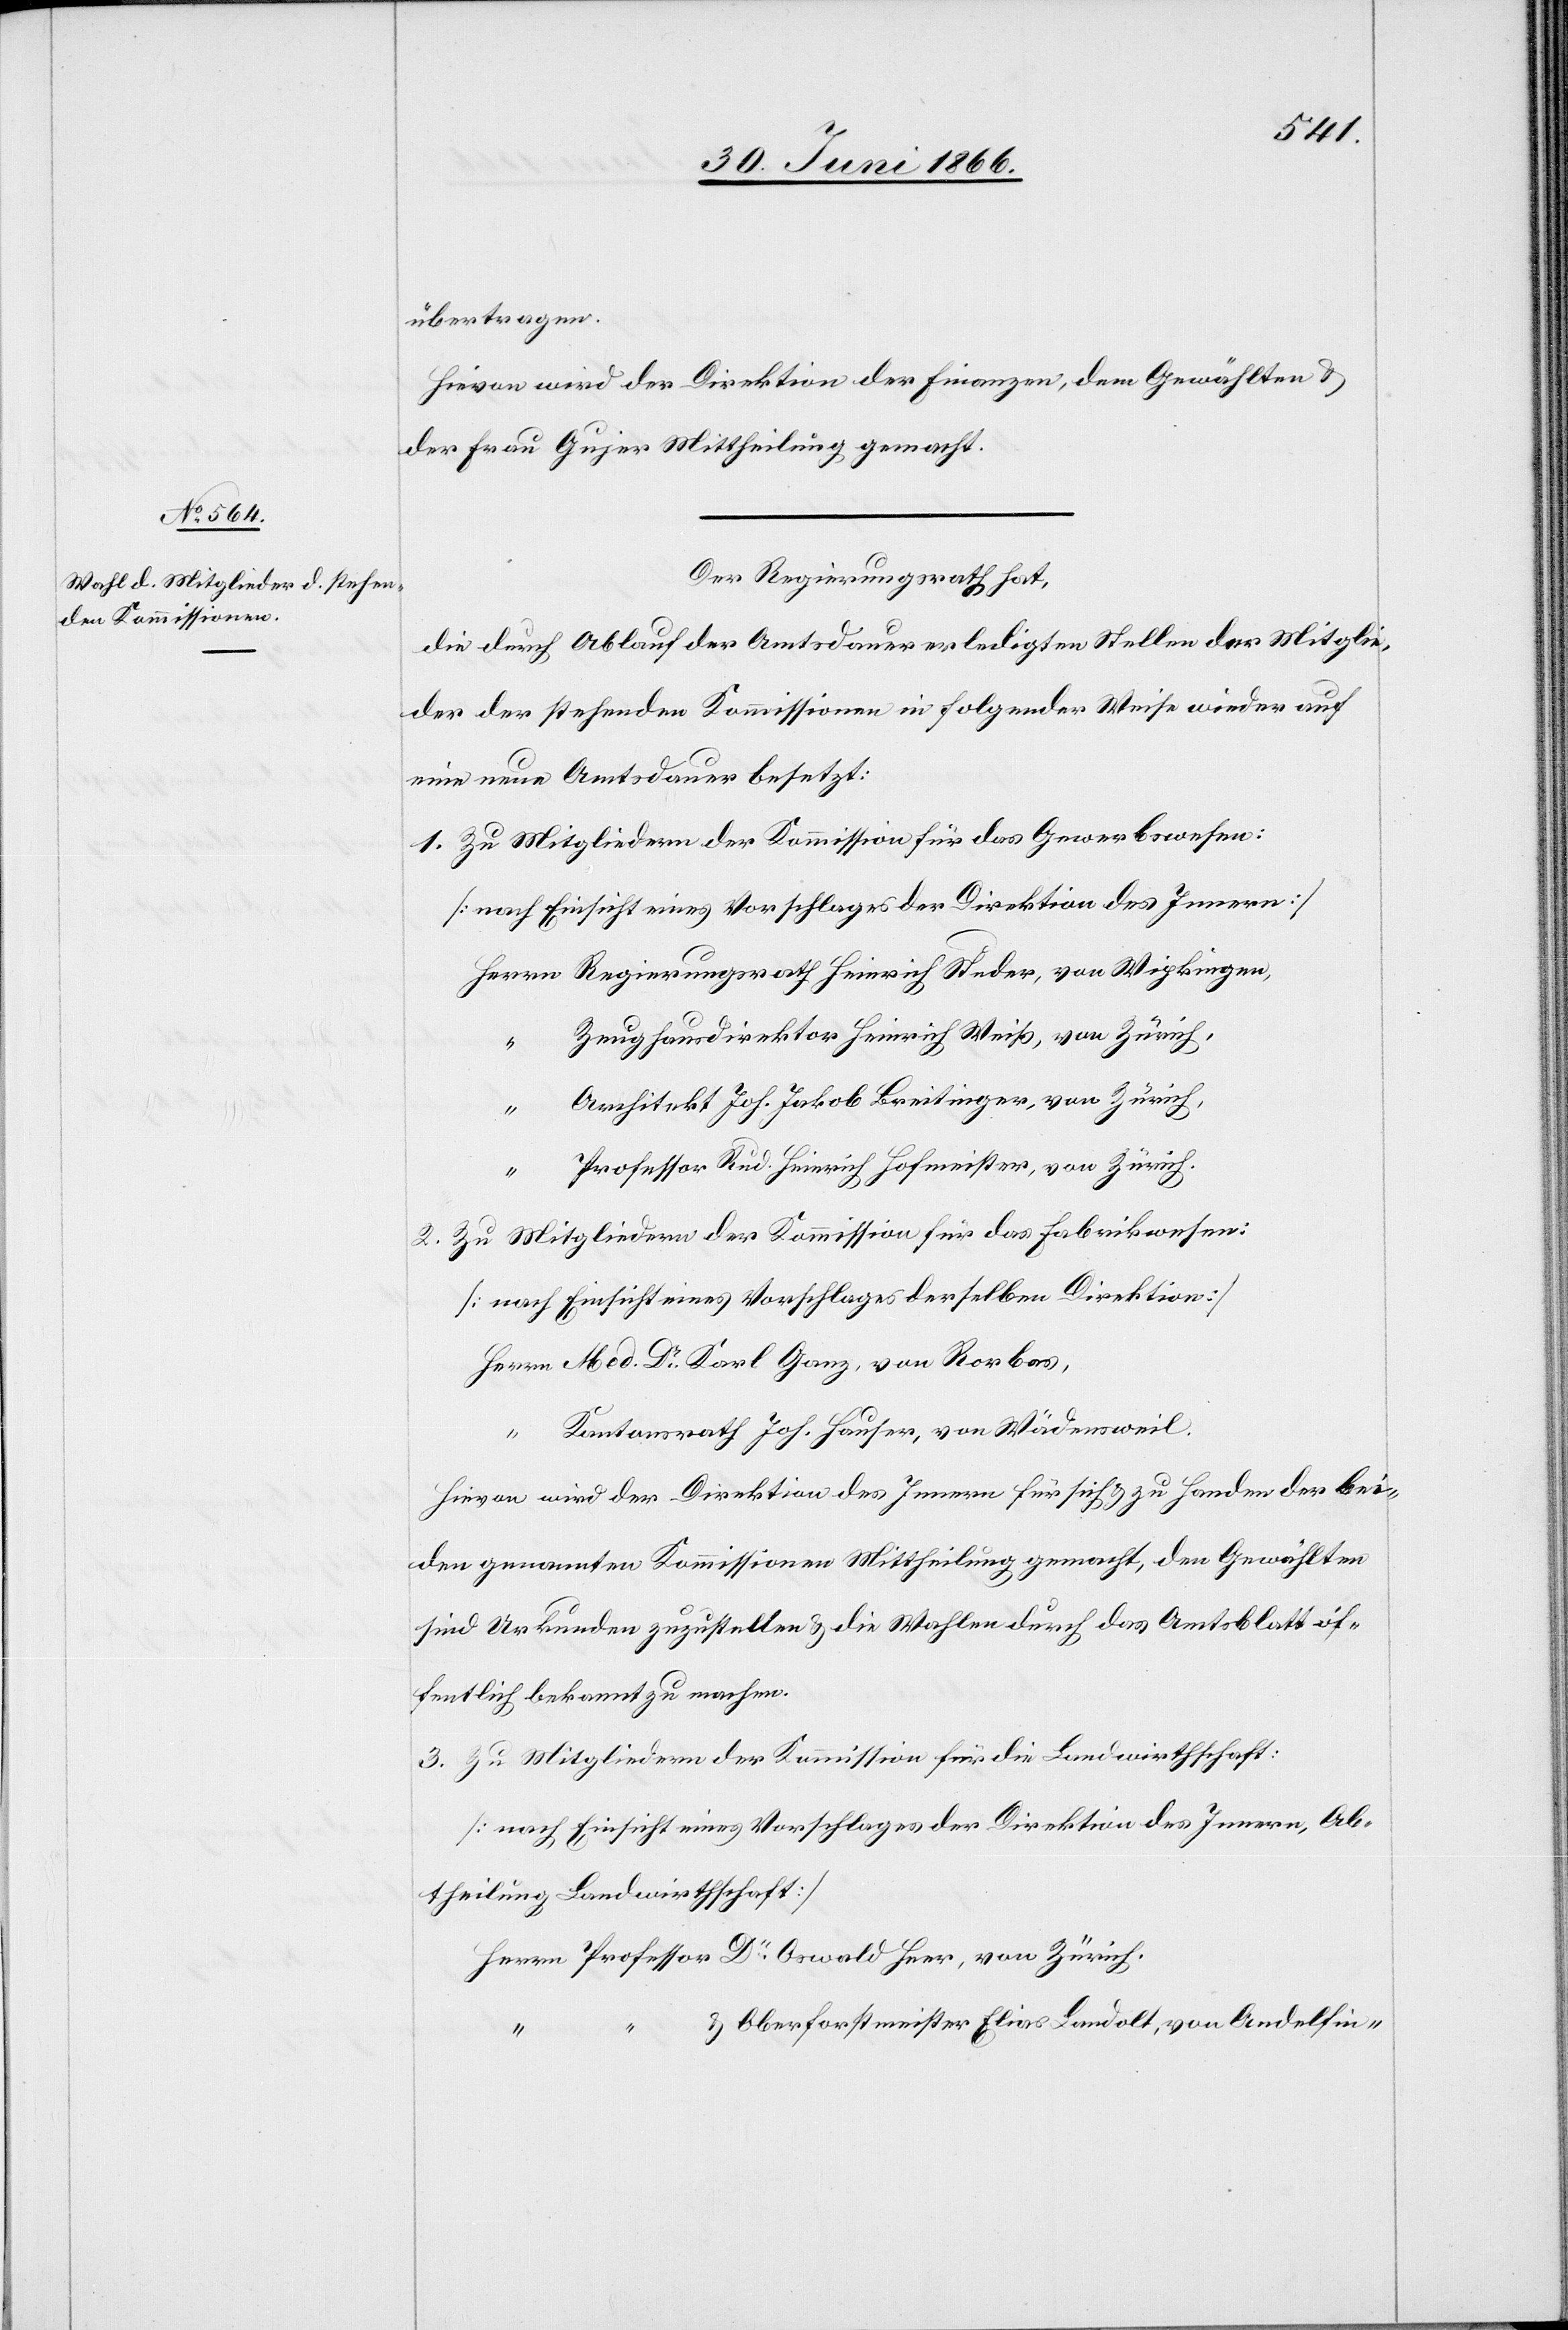
Heer,
übertragen.
Hievon wird der Direktion der Finanzen, dem Gewählten u.
der Frau Gujer Mittheilung gemacht.
Der Regierungsrath hat,
die durch Ablauf der Amtsdauer erledigten Stellen der Mitglie¬
der der stehenden Kommissionen in folgender Weise wieder auf
eine neue Amtsdauer besetzt:
1. Zu Mitgliedern der Kommission für das Gewerbewesen:
[nach Einsicht eines Vorschlages der Direktion des Innern]
Zeughausdirektor Heinrich Weiß, von Zürich,
“
Architekt Joh. Jakob Breitinger, von Zürich,
“
Professor Rud. Heinrich Hofmeister, von Zürich.
2. Zu Mitgliedern der Kommission für das Fabrikwesen:
[nach Einsicht eines Vorschlages derselben Direktion]
Med. Dr. Karl Ganz, von Rorbas,
Kantonsrath Joh. Hauser, von Wädensweil.
Hievon wird der Direktion des Innern für sich u. zu Handen der bei¬
den genannten Kommissionen Mittheilung gemacht, den Gewählten
sind Urkunden zuzustellen u. die Wahlen durch das Amtsblatt öf¬
fentlich bekannt zu machen.
3. Zu Mitgliedern der Kommission für die Landwirthschaft:
[nach Einsicht eines Vorschlages der Direktion des Innern, Ab¬
theilung Landwirthschaft]
u. Oberforstmeister Elias Landolt, von Andelfin-